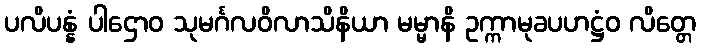
ပလိပန္နံ ပါဌောဝ သုမင်္ဂလဝိလာသိနိယာ မမ္မာနိ ဥက္ကာမုခပဟဋ္ဌံဝ လိတ္တေ